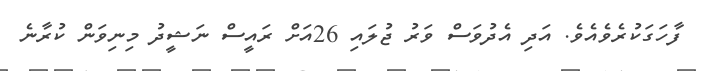
ފާހަގަކުރެވެއެވެ. އަދި އެދުވަސް ވަރު ޖުލައި 26އަށް ރައީސް ނަޝީދު މިނިވަން ކުރާނެ